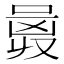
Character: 𠷛